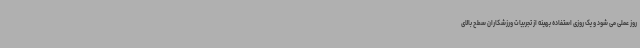
روز عملی می شود و یک روزی استفاده بهینه از تجربیات ورزشکاران سطح بالای